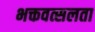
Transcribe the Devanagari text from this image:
भक्तवत्सलता